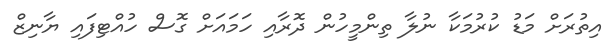
އިތުރަށް މަޑު ކުރުމަކާ ނުލާ ތިންމީހުން ދޮރާއި ހަމައަށް ގޮސް ހުއްޓިފައި ޔާނިޒް